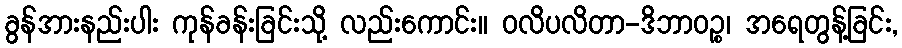
ခွန်အားနည်းပါး ကုန်ခန်းခြင်းသို့ လည်းကောင်း။ ဝလိပလိတာ-ဒိဘာဝဉ္စ၊ အရေတွန့်ခြင်း,